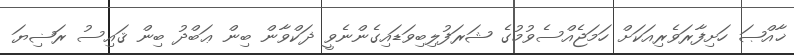
ޚާއްޞަ ހަށިފާރަވެރިއަކަށް ހަމަޖެއްސެވުމުގެ ޝަރަފުލިބިވަޑައިގެންނެވީ ޛަކްވާން ބިން ޢަބްދު ބިން ޤައިސު ރަޟިޔަ